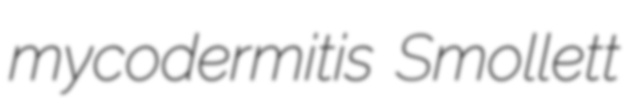
mycodermitis Smollett